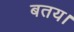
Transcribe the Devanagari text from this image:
बतय।